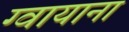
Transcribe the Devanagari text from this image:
ग्वायाना